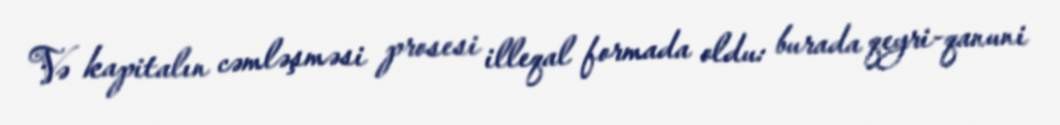
Və kapitalın cəmləşməsi prosesi illeqal formada oldu: burada qeyri-qanuni